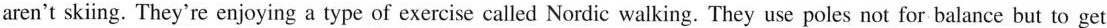
aren't skiing. They're enjoying a type of exercise called Nordic walking. They use poles not for balance but to get